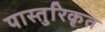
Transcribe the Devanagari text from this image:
पास्तुरिकृत